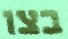
בצו